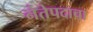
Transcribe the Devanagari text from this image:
नेतेपदाचा